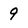
Character: 9